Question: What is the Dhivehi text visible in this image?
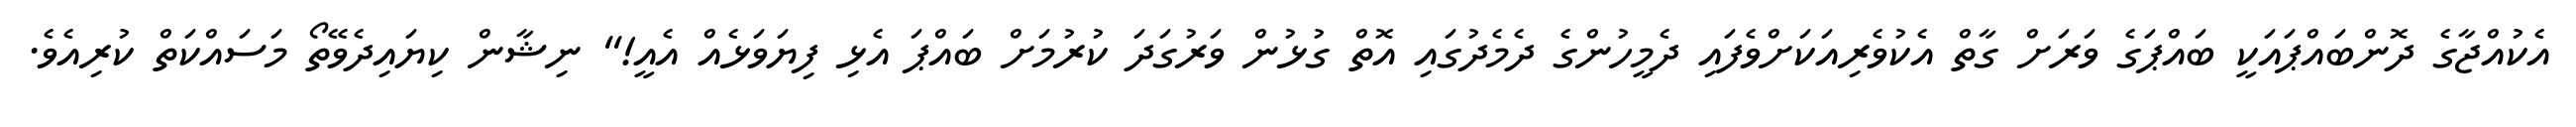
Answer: އެކުއްޖާގެ ދޮންބައްޕައަކީ ބައްޕަގެ ވަރަށް ގާތް އެކުވެރިއަކަށްވެފައި ދެމީހުންގެ ދެމެދުގައި އޮތް ގުޅުން ވަރުގަދަ ކުރުމަށް ބައްޕަ އެޅި ފިޔަވަޅެއް އެއީ!" ނިޝާން ކިޔައިދެވޭތޯ މަސައްކަތް ކުރިއެވެ.